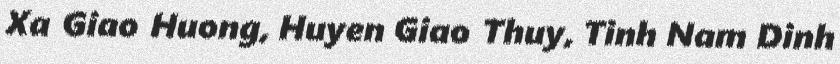
Xa Giao Huong, Huyen Giao Thuy, Tinh Nam Dinh